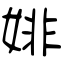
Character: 婔